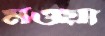
মওয়া